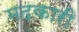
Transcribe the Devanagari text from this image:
मदकारी